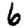
Digit: 6